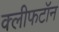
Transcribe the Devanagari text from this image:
क्लीफटॉन